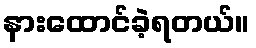
နားထောင်ခဲ့ရတယ်။